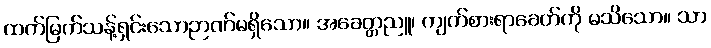
ထက်မြက်သန့်ရှင်းသောဉာဏ်မရှိသော။ အခေတ္တညူ၊ ကျက်စားရာခေတ်ကို မသိသော။ သာ